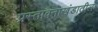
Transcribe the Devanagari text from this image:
प्रस्तावनाखंडातील